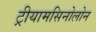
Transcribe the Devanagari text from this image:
ट्रीयामसिनोलोन